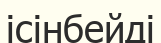
ісінбейді